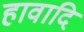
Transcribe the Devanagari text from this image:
हावादि